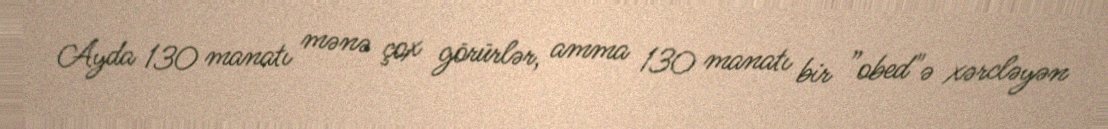
Ayda 130 manatı mənə çox görürlər, amma 130 manatı bir ”obed"ə xərcləyən